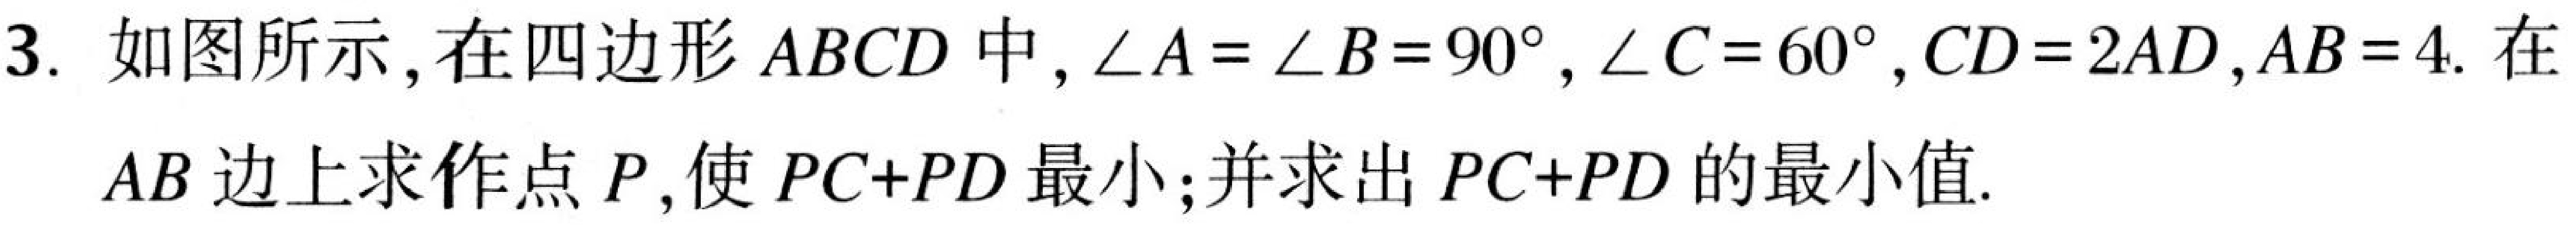
3. 如图所示，在四边形\(ABCD\)中，\(\angle A = \angle B = 90^{\circ}\)，\(\angle C = 60^{\circ}\)，\(CD = 2AD\)，\(AB = 4\). 在
\(AB\)边上求作点\(P\)，使\(PC + PD\)最小；并求出\(PC + PD\)的最小值.